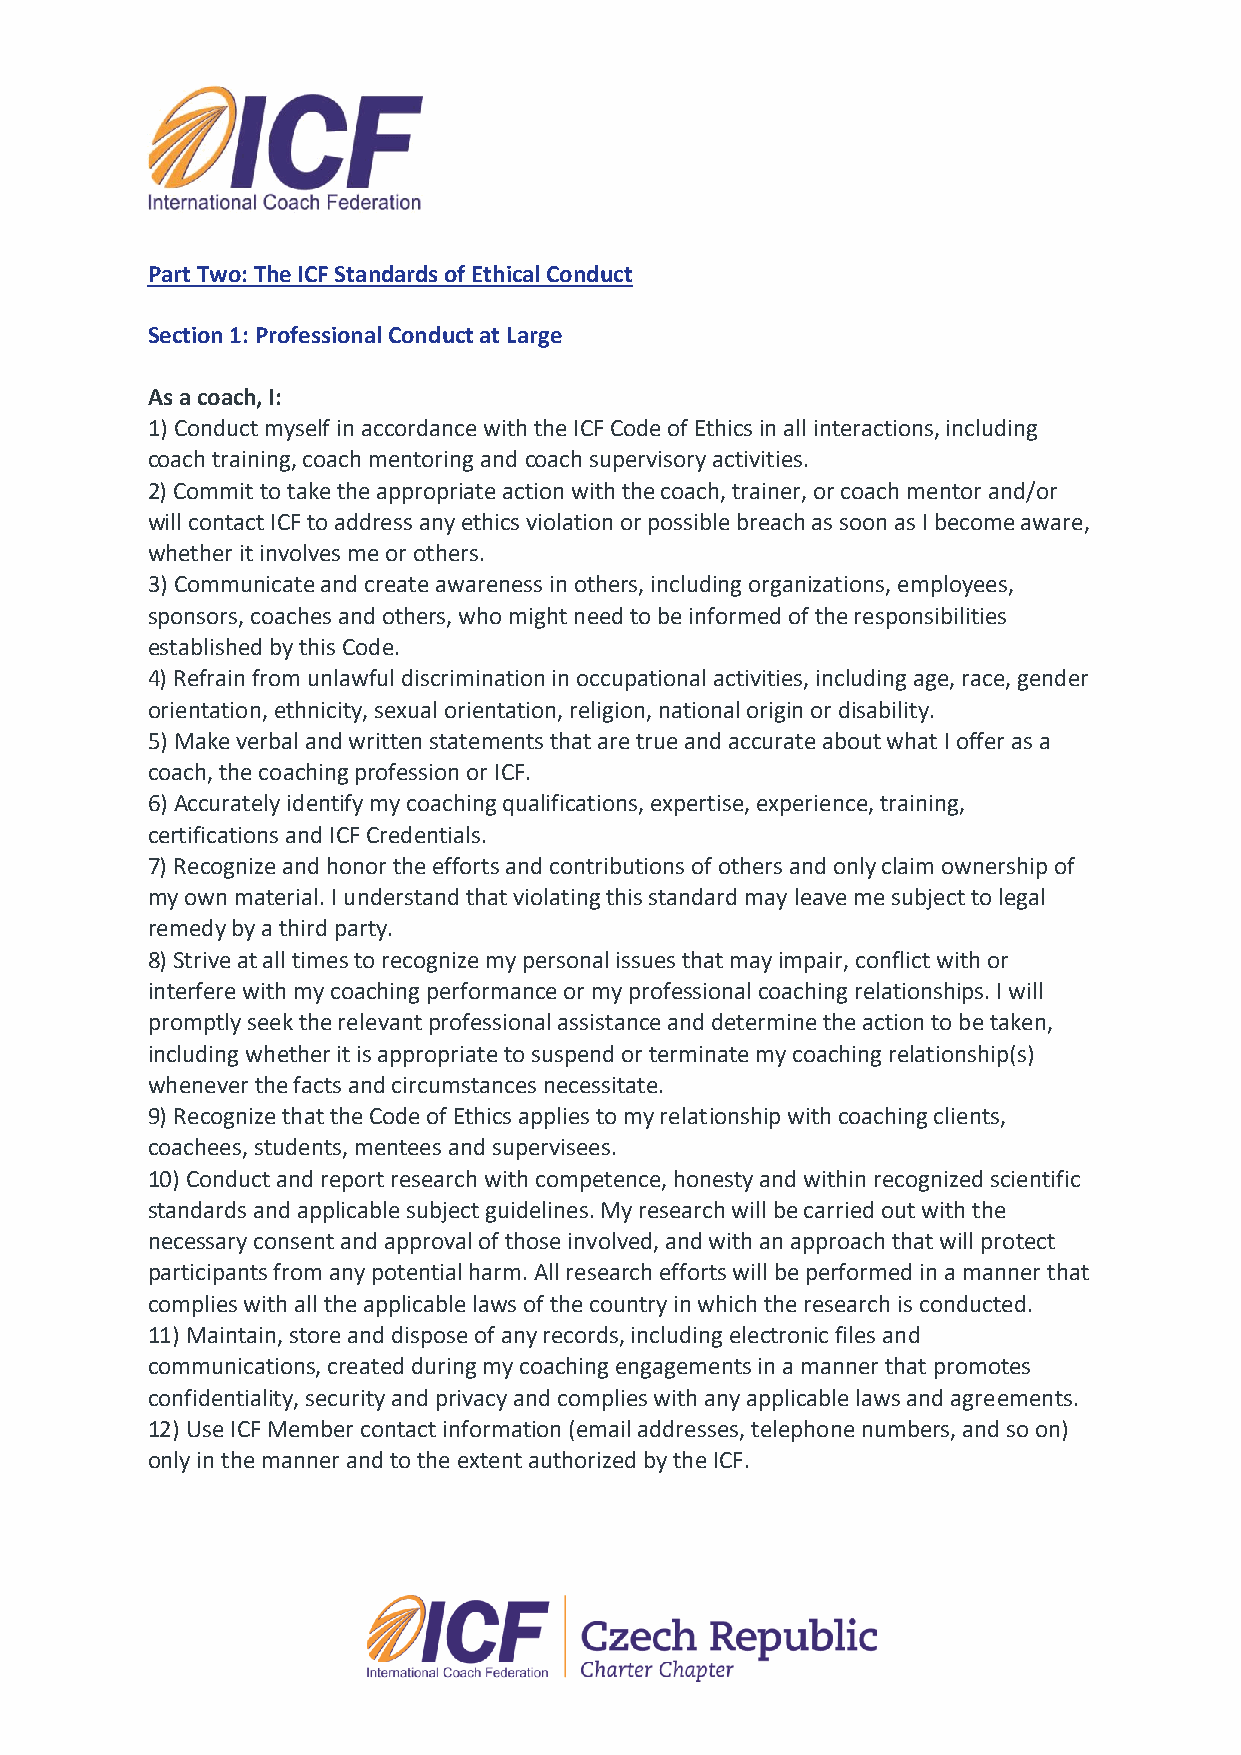
Part Two: The ICF Standards of Ethical Conduct
 Section 1: Professional Conduct at Large
 As a coach, I:
 1) Conduct myself in accordance with the ICF Code of Ethics in all interactions, including
 coach training, coach mentoring and coach supervisory activities.
 2) Commit to take the appropriate action with the coach, trainer, or coach mentor and/or
 will contact ICF to address any ethics violation or possible breach as soon as I become aware,
 whether it involves me or others.
 3) Communicate and create awareness in others, including organizations, employees,
 sponsors, coaches and others, who might need to be informed of the responsibilities
 established by this Code.
 4) Refrain from unlawful discrimination in occupational activities, including age, race, gender
 orientation, ethnicity, sexual orientation, religion, national origin or disability.
 5) Make verbal and written statements that are true and accurate about what I offer as a
 coach, the coaching profession or ICF.
 6) Accurately identify my coaching qualifications, expertise, experience, training,
 certifications and ICF Credentials.
 7) Recognize and honor the efforts and contributions of others and only claim ownership of
 my own material. I understand that violating this standard may leave me subject to legal
 remedy by a third party.
 8) Strive at all times to recognize my personal issues that may impair, conflict with or
 interfere with my coaching performance or my professional coaching relationships. I will
 promptly seek the relevant professional assistance and determine the action to be taken,
 including whether it is appropriate to suspend or terminate my coaching relationship(s)
 whenever the facts and circumstances necessitate.
 9) Recognize that the Code of Ethics applies to my relationship with coaching clients,
 coachees, students, mentees and supervisees.
 10) Conduct and report research with competence, honesty and within recognized scientific
 standards and applicable subject guidelines. My research will be carried out with the
 necessary consent and approval of those involved, and with an approach that will protect
 participants from any potential harm. All research efforts will be performed in a manner that
 complies with all the applicable laws of the country in which the research is conducted.
 11) Maintain, store and dispose of any records, including electronic files and
 communications, created during my coaching engagements in a manner that promotes
 confidentiality, security and privacy and complies with any applicable laws and agreements.
 12) Use ICF Member contact information (email addresses, telephone numbers, and so on)
 only in the manner and to the extent authorized by the ICF.